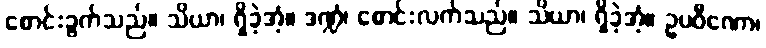
စောင်းခွက်သည်။ သိယာ၊ ရှိခဲ့အံ့။ ဒဏ္ဍံ၊ စောင်းလက်သည်။ သိယာ၊ ရှိခဲ့အံ့။ ဥပဝီဏော၊